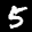
Label: 5